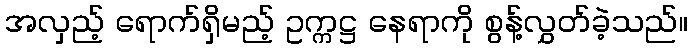
အလှည့် ရောက်ရှိမည့် ဥက္ကဋ္ဌ နေရာကို စွန့်လွှတ်ခဲ့သည်။